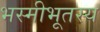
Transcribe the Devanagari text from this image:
भस्मीभूतस्य